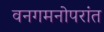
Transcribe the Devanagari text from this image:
वनगमनोपरांत